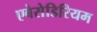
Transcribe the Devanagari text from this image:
एबेसेडिरियम